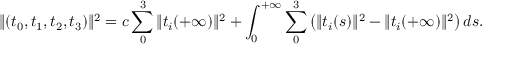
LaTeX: \| ( t _ { 0 } , t _ { 1 } , t _ { 2 } , t _ { 3 } ) \| ^ { 2 } = c \sum _ { 0 } ^ { 3 } \| t _ { i } ( + \infty ) \| ^ { 2 } + \int _ { 0 } ^ { + \infty } \sum _ { 0 } ^ { 3 } \left( \| t _ { i } ( s ) \| ^ { 2 } - \| t _ { i } ( + \infty ) \| ^ { 2 } \right) d s .